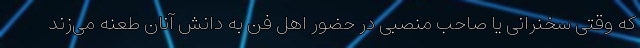
که وقتی سخنرانی یا صاحب منصبی در حضور اهل فن به دانش آنان طعنه می‌زند